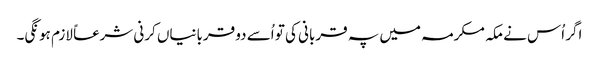
اگر اُس نے مکہ مکرمہ میں پہ قربانی کی تو اُسے دو قربانیاں کرنی شرعاً لازم ہونگی۔